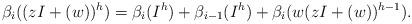
LaTeX: \begin{align*}\beta_{i}((zI +(w))^h)=\beta_{i}(I^h)+\beta_{i-1}(I^h)+\beta_{i}(w(zI +(w))^{h-1}).\end{align*}